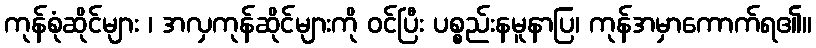
ကုန်စုံဆိုင်များ ၊ အလှကုန်ဆိုင်များကို ဝင်ပြီး ပစ္စည်းနမူနာပြ၊ ကုန်အမှာကောက်ရ၏။